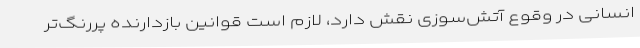
انسانی در وقوع آتش‌سوزی نقش دارد، لازم است قوانین بازدارنده ‌پررنگ‌تر